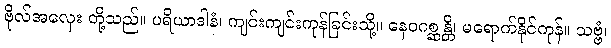
ဗိုလ်အလှေး တို့သည်။ ပရိယာဒါနံ၊ ကျင်းကျင်းကုန်ခြင်းသို့။ နေဝဂစ္ဆန္တိ၊ မရောက်နိုင်ကုန်။ သဗ္ဗံ၊